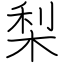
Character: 梨